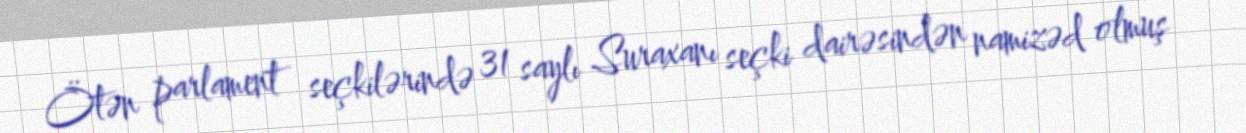
Ötən parlament seçkilərində 31 saylı Suraxanı seçki dairəsindən namizəd olmuş